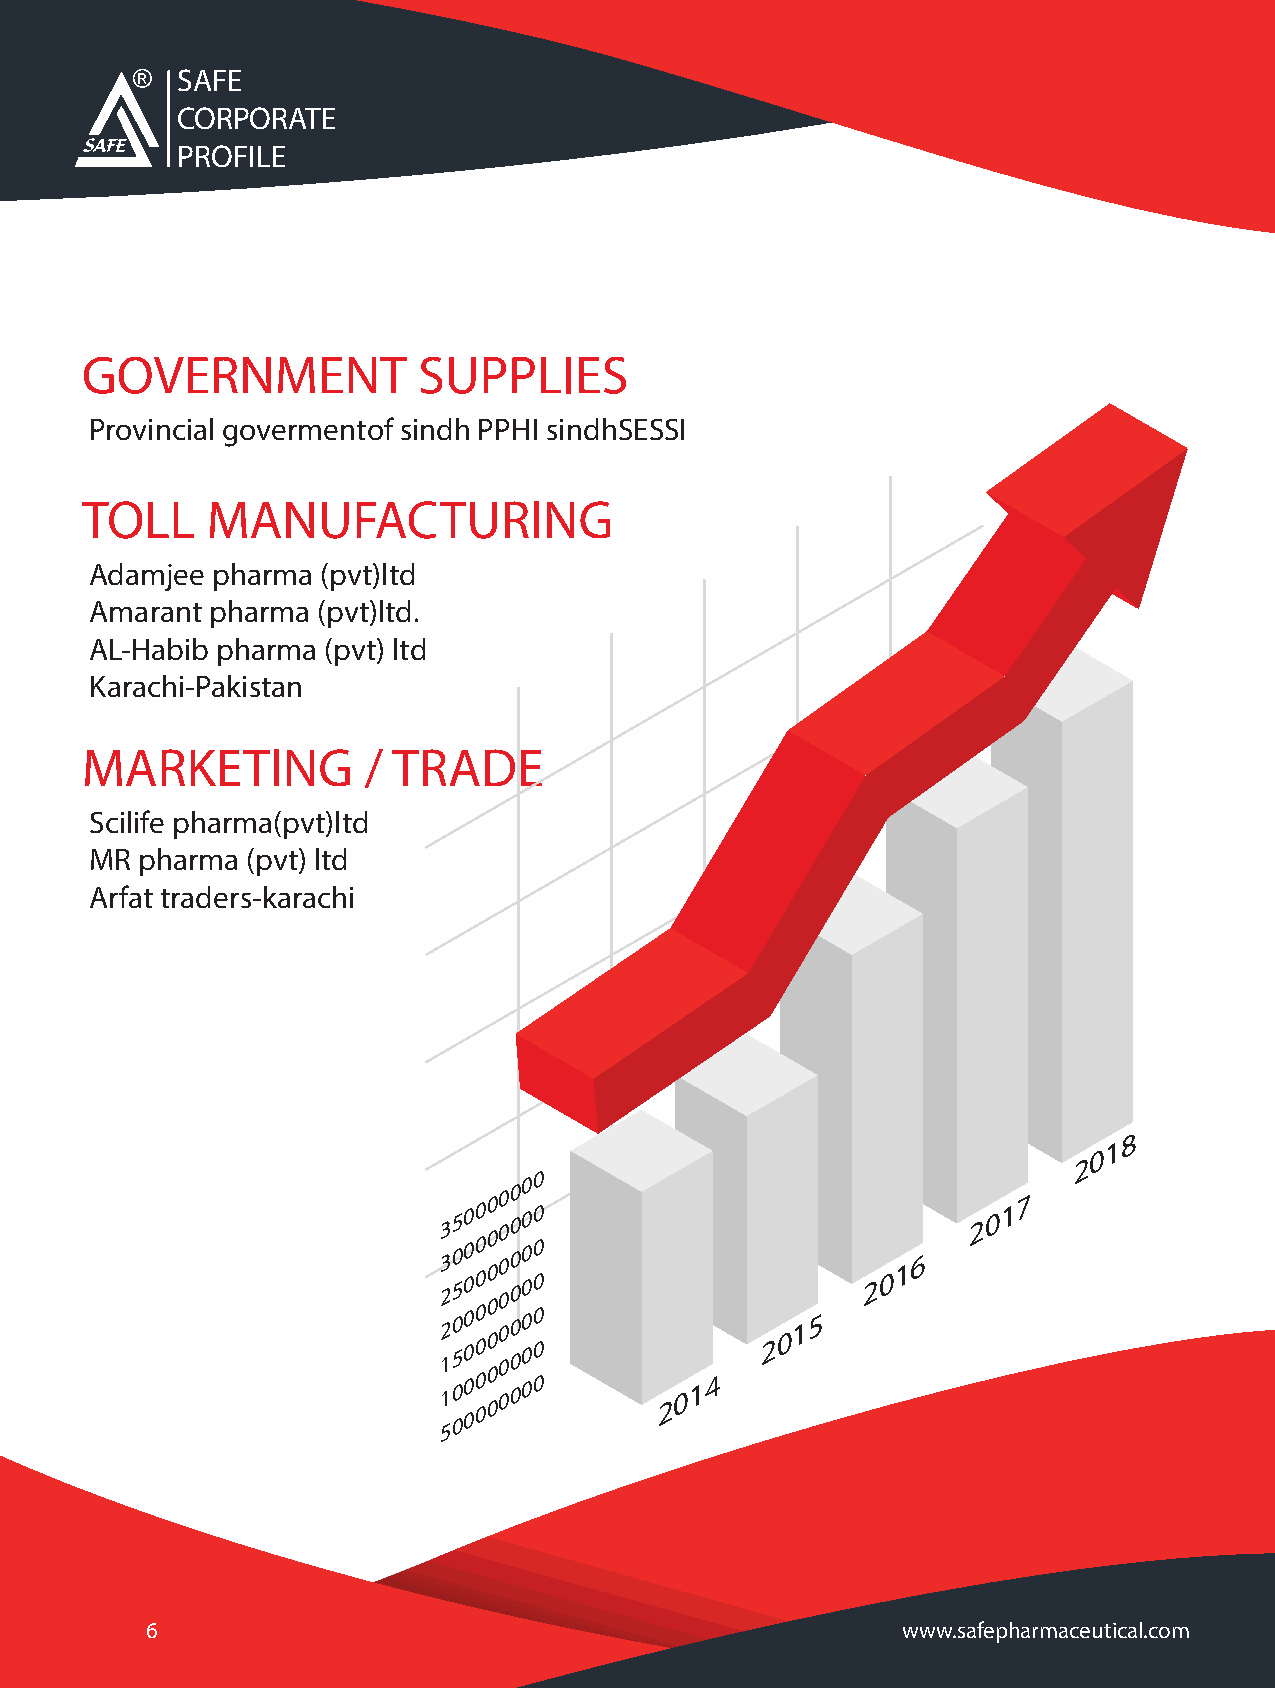
SAFE
 CORPORATE
 PROFILE
 GOVERNMENT             SUPPLIES
 Provincial govermentof sindh PPHI sindhSESSI
 TOLL     MANUFACTURING
 Adamjee pharma (pvt)ltd
 Amarant pharma (pvt)ltd.
 AL-Habib pharma (pvt) ltd
 Karachi-Pakistan
 MARKETING          / TRADE
 Scilife pharma(pvt)ltd
 MR pharma (pvt) ltd
 Arfat traders-karachi
 8
 1
 0
 2
 3 3 2 2 1 1 55 0 5 0 5 0 00 0 0 0 0 0 00 0 0 0 0 0 00 0 0 0 0 0 00 0 0 0 0 0 00 0 0 0 0 0 00 0 0 0 0 0 00 0 0 0 0 0 0 2014 2015 2016 2017
 6                                                 www.safepharmaceutical.com